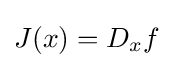
J(x)=D_{x}f